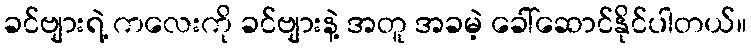
ခင်ဗျားရဲ့ ကလေးကို ခင်ဗျားနဲ့ အတူ အခမဲ့ ခေါ်ဆောင်နိုင်ပါတယ်။